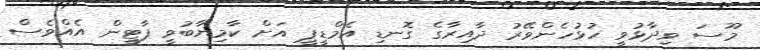
މޫސަ ވިދާޅުވީ ހުޅުހެންވޭރު ދާއިރާގެ ގޮނޑި އެމްޑީޕީ އަށް ކާމިޔާބުވީ ޕާޓީން އެއްވެސް